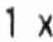
1 X